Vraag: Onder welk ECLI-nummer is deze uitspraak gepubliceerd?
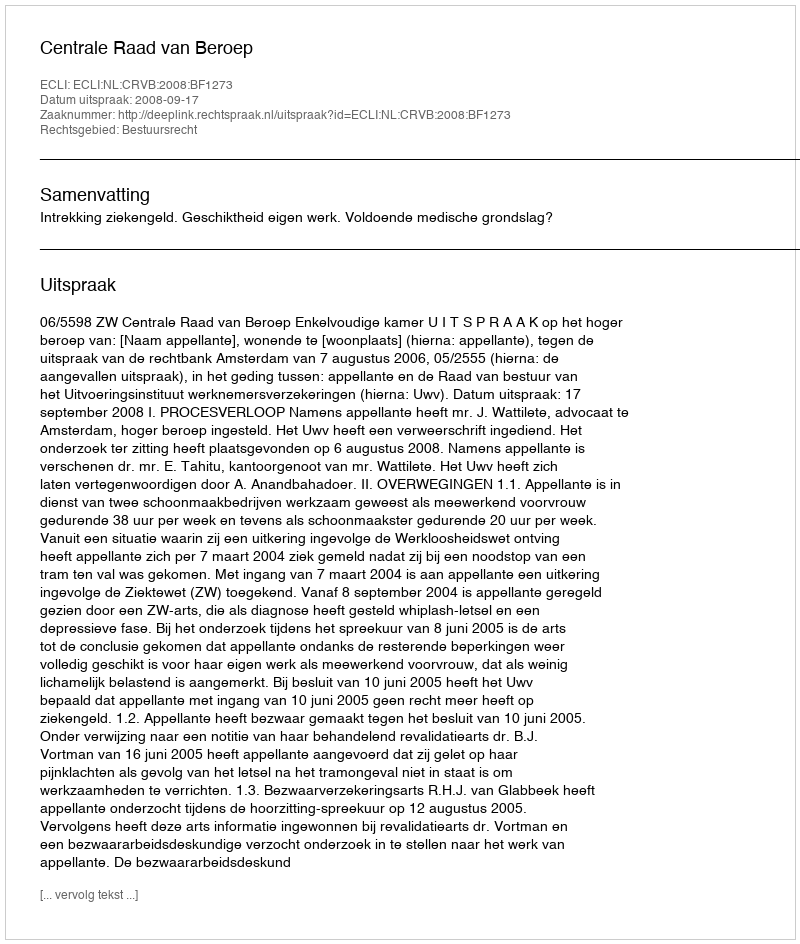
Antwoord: ECLI:NL:CRVB:2008:BF1273